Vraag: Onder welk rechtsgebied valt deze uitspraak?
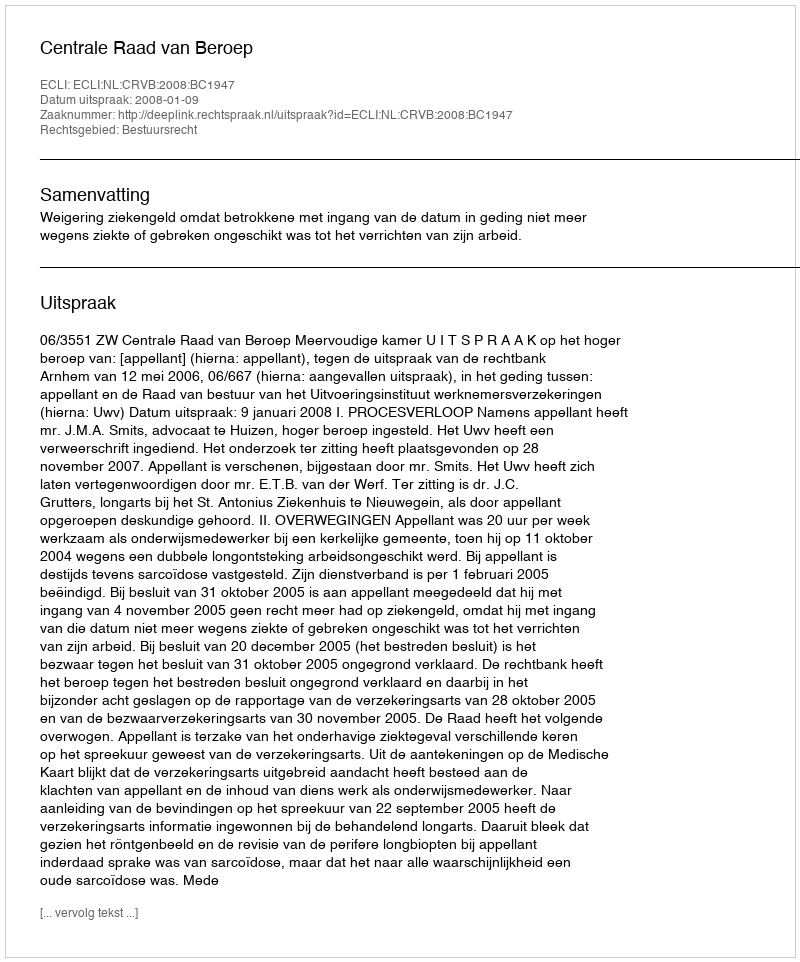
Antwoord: Bestuursrecht